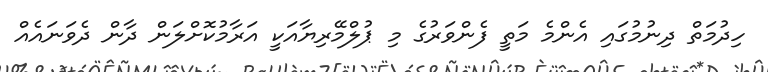
ހިދުމަތް ދިނުމުގައި އެންމެ މަތީ ފެންވަރުގެ މި ޕުލްމޭރިޔާއަކީ އަރާމުކޮށްލަން ދާން ދެވަނައެއް